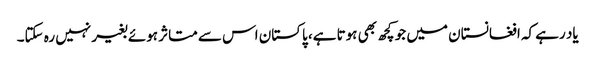
یاد رہے کہ افغانستان میں جو کچھ بھی ہوتا ہے، پاکستان اس سے متاثر ہوئے بغیر نہیں رہ سکتا۔